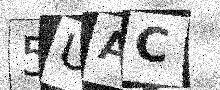
Text: 5UAC